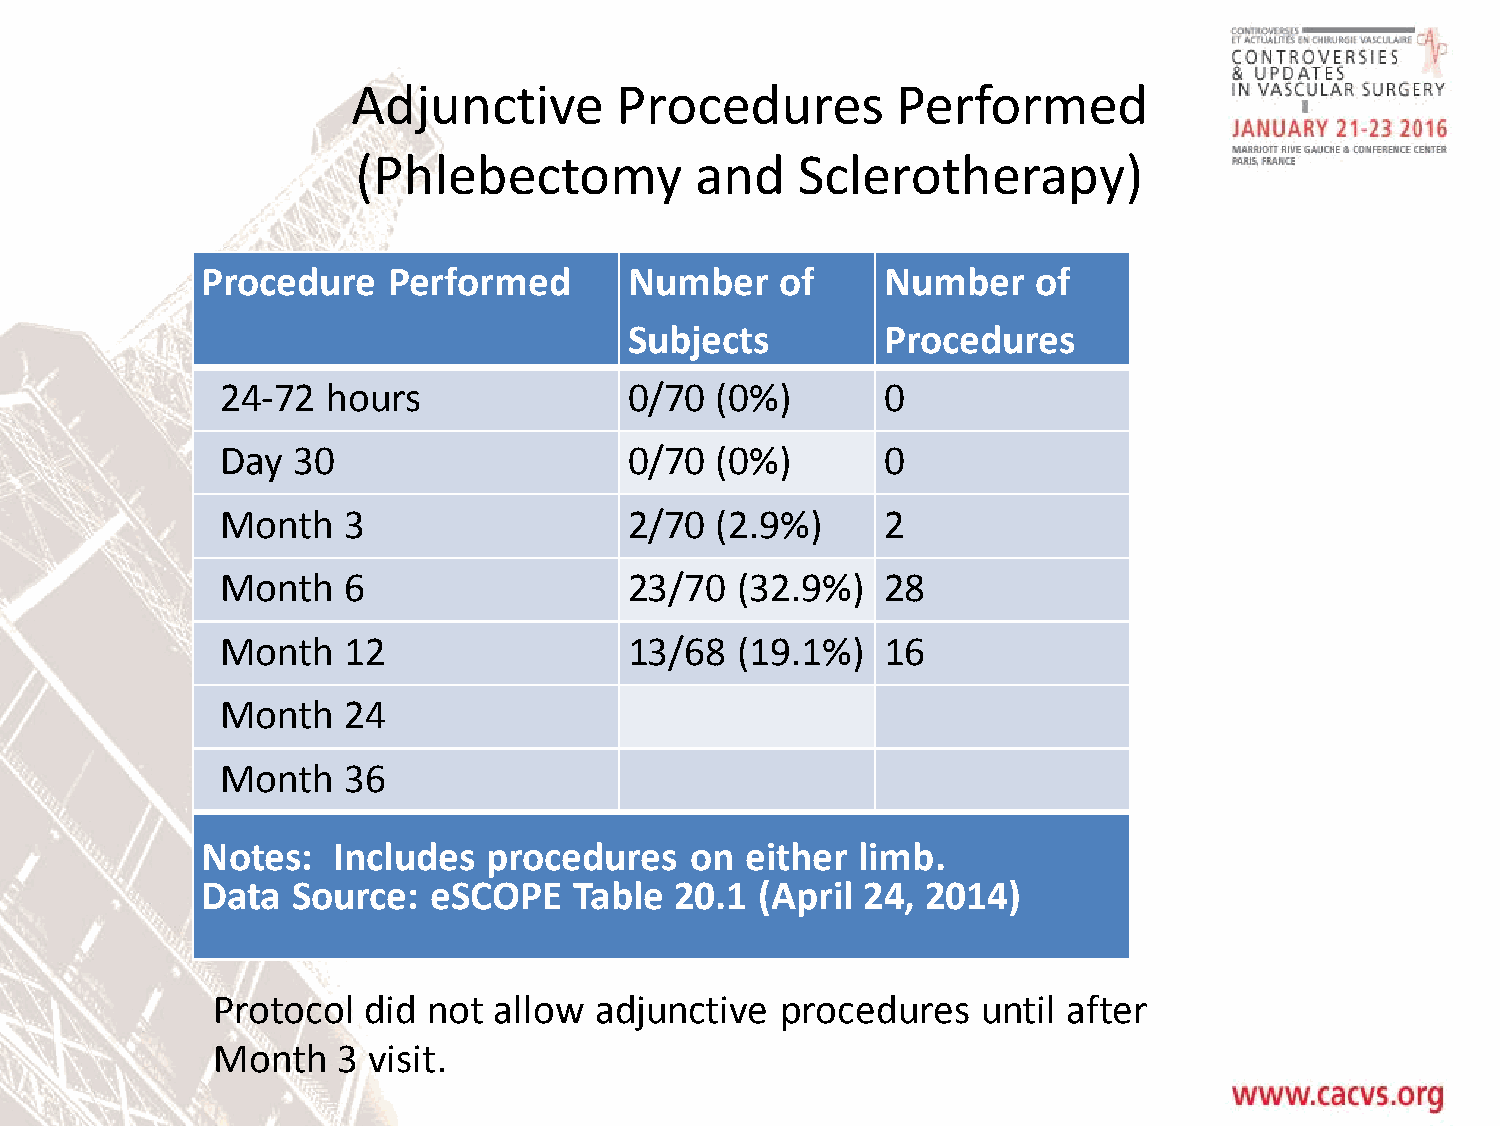
Adjunctive        Procedures        Performed
 (Phlebectomy          and    Sclerotherapy)
 Procedure    Performed       Number    of    Number     of
 Subjects        Procedures
 24-72  hours               0/70 (0%)       0
 Day 30                     0/70 (0%)       0
 Month   3                  2/70 (2.9%)     2
 Month   6                  23/70  (32.9%)  28
 Month   12                 13/68  (19.1%)  16
 Month   24
 Month   36
 Notes:   Includes  procedures    on either  limb.
 Data  Source:  eSCOPE    Table  20.1 (April 24, 2014)
 Protocol  did not  allow adjunctive   procedures   until after
 Month   3 visit.